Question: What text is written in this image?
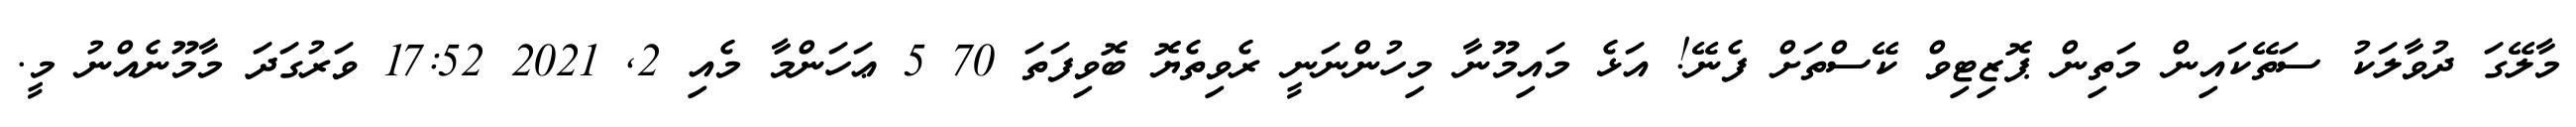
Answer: މާލޭގަ ދުވާލަކު ސަތޭކައިން މަތިން ޕޮޒިޓިވް ކޭސްތަށް ފެނޭ! އަޅެ މައިމޫނާ މިހުންނަނީ ރެވިތެޔޮ ބޮވިފަތަ 70 5 ޢަހަންމާ މެއި 2, 2021 17:52 ވަރުގަދަ މާމޫނެއްނު މީ.